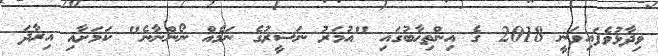
ވިދާޅުވެފައިވަނީ 2018 ގެ އިންތިޚާބުގައި "އުމަރު ނަސީރުގެ ނަމެއް ނޯންނާނެ" ކަމަށާއި އިރާދަ